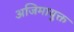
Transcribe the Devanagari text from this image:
अजिमायुक्त